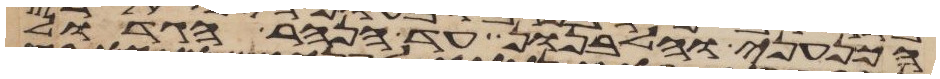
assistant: הכנעני והלבנון עד הנהר הגדול